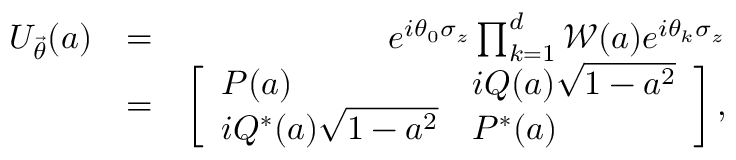
\begin{array} { r l r } { U _ { \vec { \theta } } ( a ) } & { = } & { e ^ { i \theta _ { 0 } \sigma _ { z } } \prod _ { k = 1 } ^ { d } \mathcal { W } ( a ) e ^ { i \theta _ { k } \sigma _ { z } } } \\ & { = } & { \left[ \begin{array} { l l } { P ( a ) } & { i Q ( a ) \sqrt { 1 - a ^ { 2 } } } \\ { i Q ^ { * } ( a ) \sqrt { 1 - a ^ { 2 } } } & { P ^ { * } ( a ) } \end{array} \right] , } \end{array}